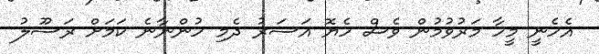
އެހެނީ މީހާ މަރުވުމުން ވެސް ހެޔޮ އަސަރު ދެމި ހުންނާނެ ކަމަށް ރަސޫލު